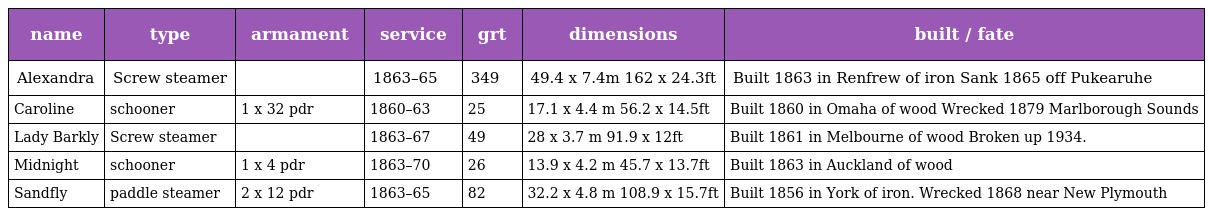
| name | type | armament | service | grt | dimensions | built / fate |
 | --- | --- | --- | --- | --- | --- | --- |
 | Alexandra | Screw steamer |  | 1863–65 | 349 | 49.4 x 7.4m 162 x 24.3ft | Built 1863 in Renfrew of iron Sank 1865 off Pukearuhe |
 | Caroline | schooner | 1 x 32 pdr | 1860–63 | 25 | 17.1 x 4.4 m 56.2 x 14.5ft | Built 1860 in Omaha of wood Wrecked 1879 Marlborough Sounds |
 | Lady Barkly | Screw steamer |  | 1863–67 | 49 | 28 x 3.7 m 91.9 x 12ft | Built 1861 in Melbourne of wood Broken up 1934. |
 | Midnight | schooner | 1 x 4 pdr | 1863–70 | 26 | 13.9 x 4.2 m 45.7 x 13.7ft | Built 1863 in Auckland of wood |
 | Sandfly | paddle steamer | 2 x 12 pdr | 1863–65 | 82 | 32.2 x 4.8 m 108.9 x 15.7ft | Built 1856 in York of iron. Wrecked 1868 near New Plymouth |